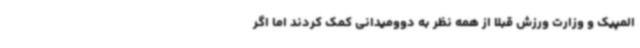
المپیک و وزارت ورزش قبلا از همه نظر به دوومیدانی کمک کردند اما اگر